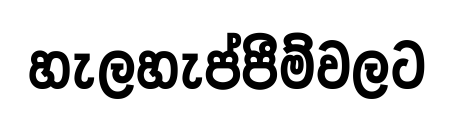
හැලහැප්පීම්වලට